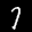
Label: 7